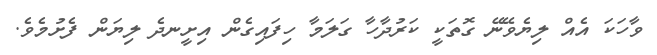
ވާހަކަ އެއް ލިޔެވޭނޭ ގޮތަކީ ކަރުދާހާ ގަލަމާ ހިފައިގެން އިށީނދެ ލިޔަން ފެށުމެވެ.